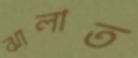
ঝালাত